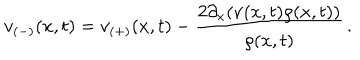
LaTeX: v _ { ( - ) } ( x , t ) = v _ { ( + ) } ( x , t ) - \frac { 2 \partial _ { x } ( \nu ( x , t ) \rho ( x , t ) ) } { \rho ( x , t ) } \, .